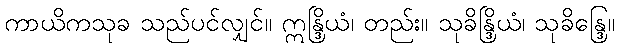
ကာယိကသုခ သည်ပင်လျှင်။ ဣန္ဒြိယံ၊ တည်း။ သုခိန္ဒြိယံ၊ သုခိန္ဒြေ။